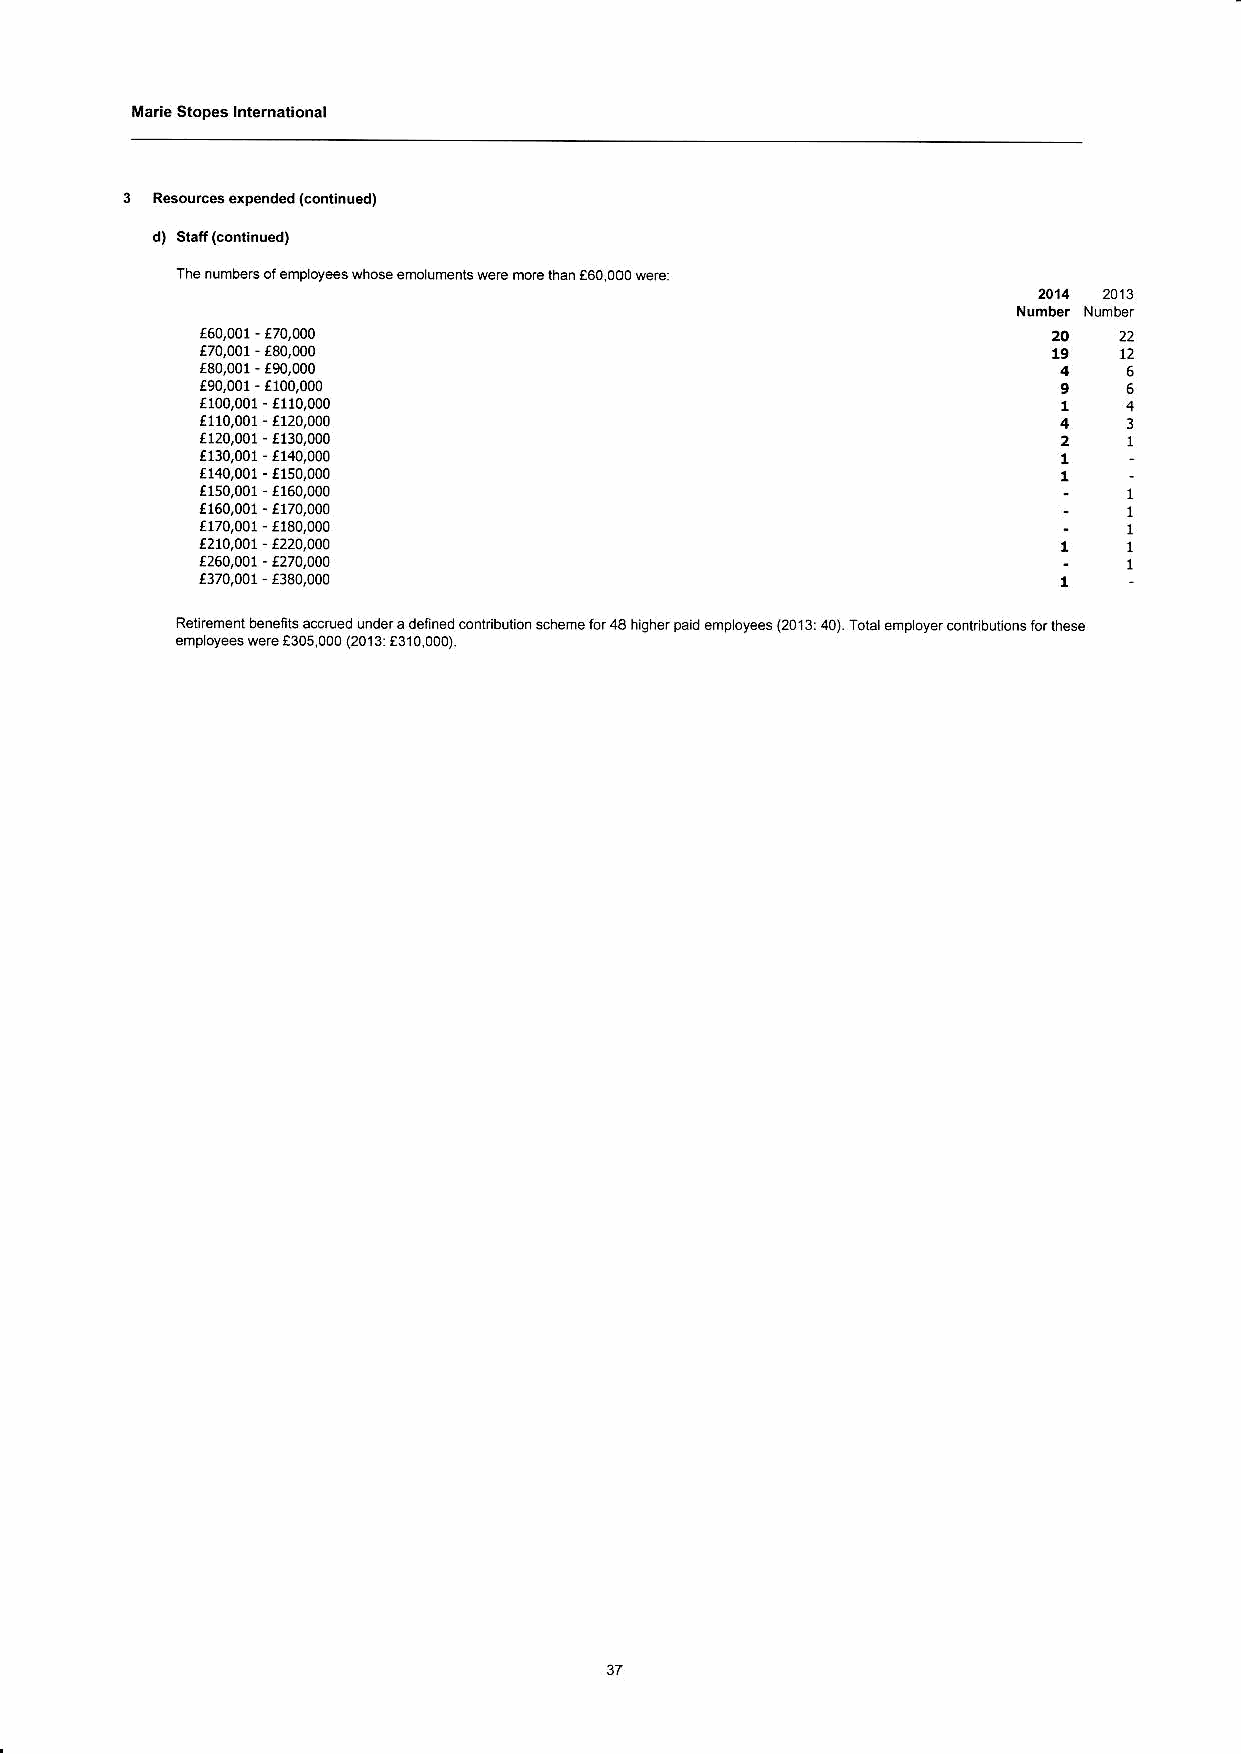
Marie Sropes lnternalional
 Resodces expended Gonrinu.d)
 Theiumbereorempoy*swhose
 r90,001- r100,000                                        96
 r100,001- €110i000
 ,110,001 4120,000
 f120/001 t130,000
 t130,001 4140,000
 f140,001- t150,000
 ,150,001 r160,000
 f160,001- 4170,000
 r170i001 r130,000
 t110,001 t22a,aoa
 r260,001-1270,000
 4370,001 fr30,000                                        1
 Rernemem benefirs ac.rued unde r,lShqherraidemooveesl20t3 401 Tolaremooverconlrbulonsforlhese
 empoyees were1305 000 (20r3 t310 000)